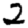
Digit: 2